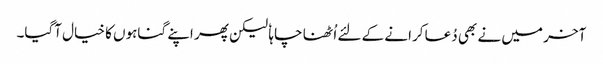
آخر میں نے بھی دُعا کرانے کے لئے اُٹھنا چاہا ٗ لیکن پھر اپنے گناہوں کا خیال آگیا۔